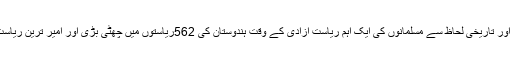
حالانکہ سچ تو یہ ہے کہ قدرتی وسائل سے مالامال جغرافیائی لحاظ سے انتہائی اہم اور تاریخی لحاظ سے مسلمانوں کی ایک اہم ریاست آزادی کے وقت ہندوستان کی 562ریاستوں میں چھٹی بڑی اور امیر ترین ریاست تقریباََ 3 مہینے پاکستان کا حصہ رہنے کے بعد ہندوؤں کے قبضے میں چلی گئی۔